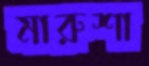
মারুশা